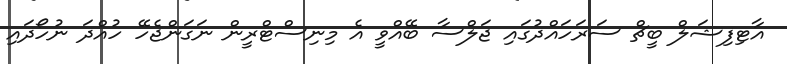
އާޓިފިޝަލް ބީޗް ސަރަހައްދުގައި ޖަލްސާ ބޭއްވީ އެ މިނިސްޓްރީން ނަގަންޖެހޭ ހުއްދަ ނުހޯދައި